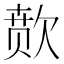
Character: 𬅫